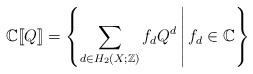
LaTeX: \begin{align*} \mathbb{C}[\![Q]\!] = \left\{ \sum_{d \in H_2(X;\mathbb{Z})} f_d Q^d \, \middle| \, f_d \in \mathbb{C} \right\} \end{align*}